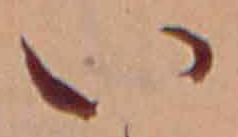
い